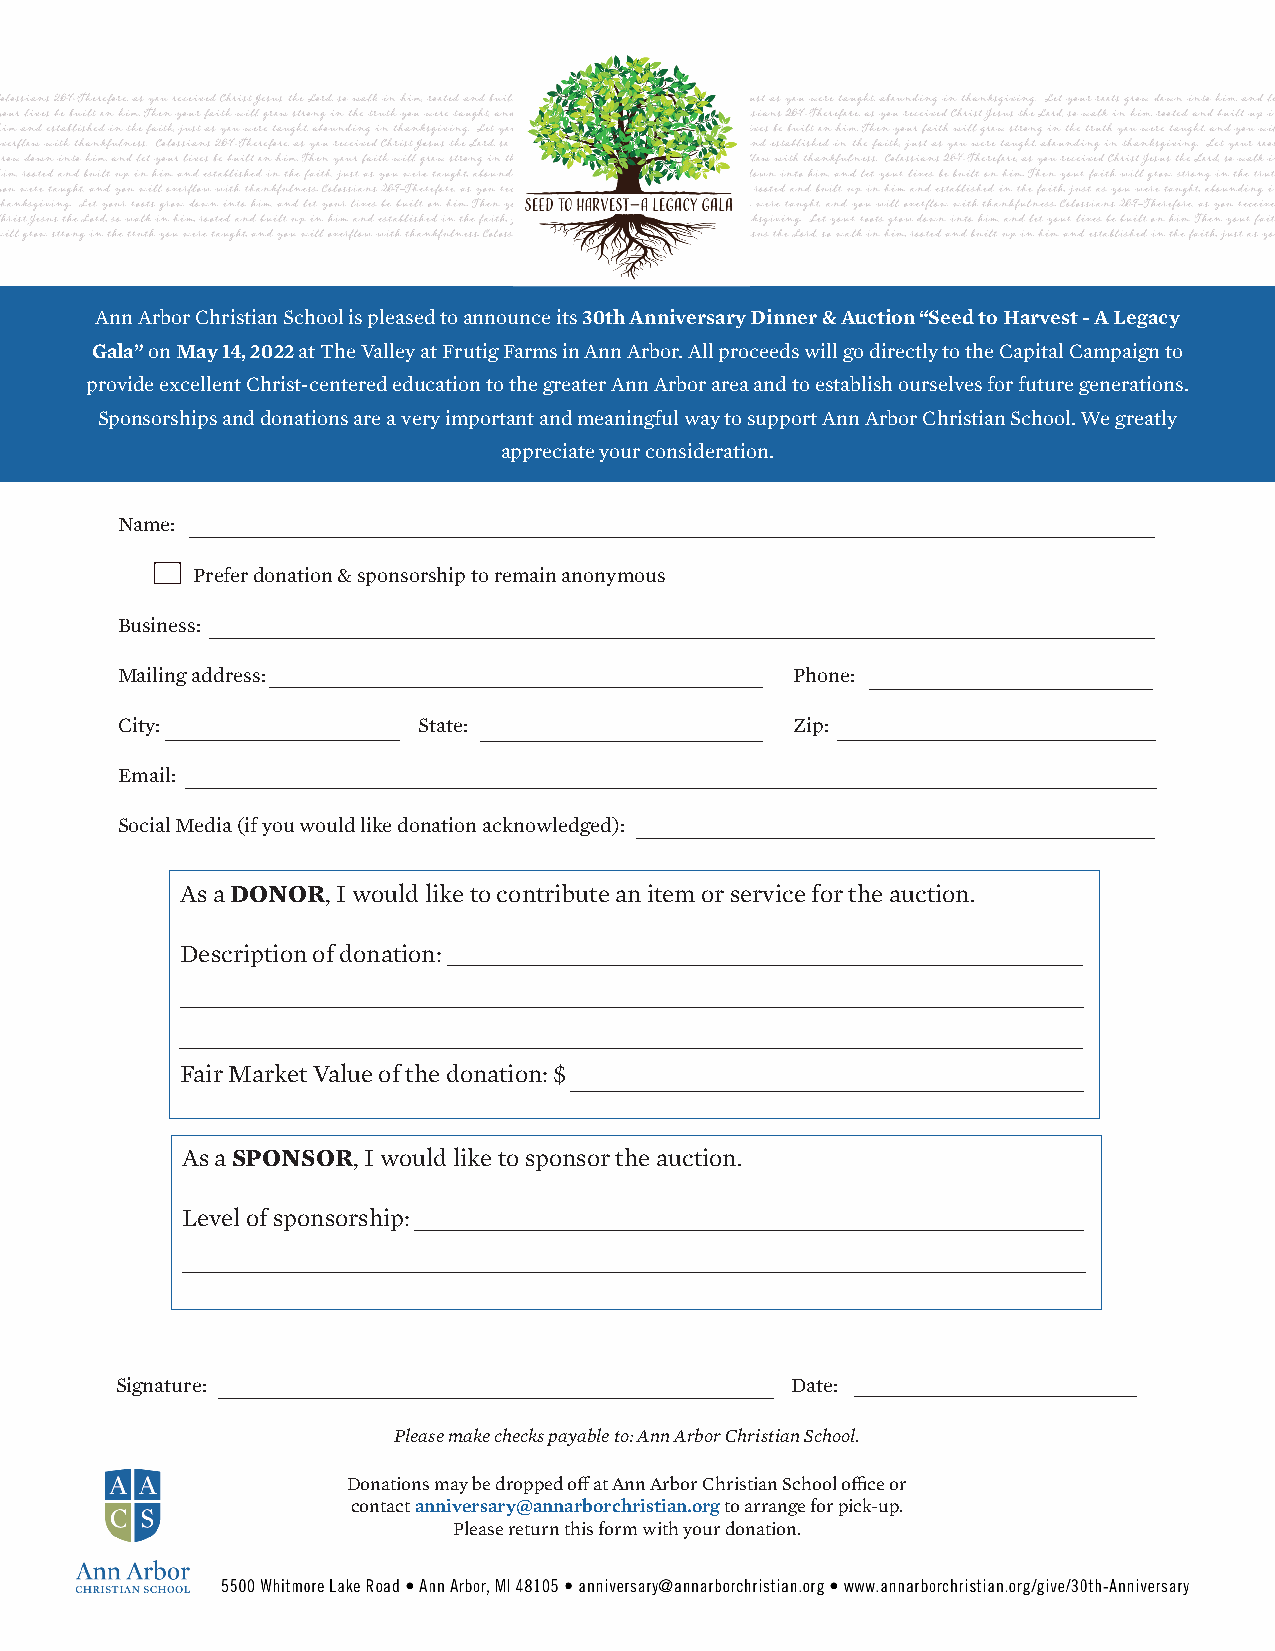
Ann Arbor Christian School is pleased to announce its 30th Anniversary Dinner & Auction “Seed to Harvest - A Legacy
 Gala” on May 14, 2022 at The Valley at Frutig Farms in Ann Arbor. All proceeds will go directly to the Capital Campaign to
 provide excellent Christ-centered education to the greater Ann Arbor area and to establish ourselves for future generations.
 Sponsorships and donations are a very important and meaningful way to support Ann Arbor Christian School. We greatly
 appreciate your consideration.
 Name:
 Prefer donation & sponsorship to remain anonymous
 Business:
 Mailing address:                            Phone:
 City:               State:                  Zip:
 Email:
 Social Media (if you would like donation acknowledged):
 As a DONOR, I would like to contribute an item or service for the auction.
 Description of donation:
 Fair Market Value of the donation: $
 As a SPONSOR, I would like to sponsor the auction.
 Level of sponsorship:
 Signature:                                  Date:
 Please make checks payable to: Ann Arbor Christian School.
 Donations may be dropped off at Ann Arbor Christian School office or
 contact anniversary@annarborchristian.org to arrange for pick-up.
 Please return this form with your donation.